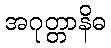
အဂုတ္တာနိဓ